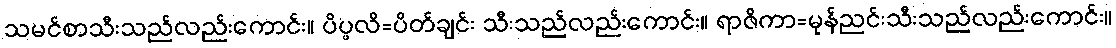
သမင်စာသီးသည်လည်းကောင်း။ ပိပ္ဖလိ=ပိတ်ချင်း သီးသည်လည်းကောင်း။ ရာဇိကာ=မုန်ညင်းသီးသည်လည်းကောင်း။